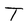
Character: T